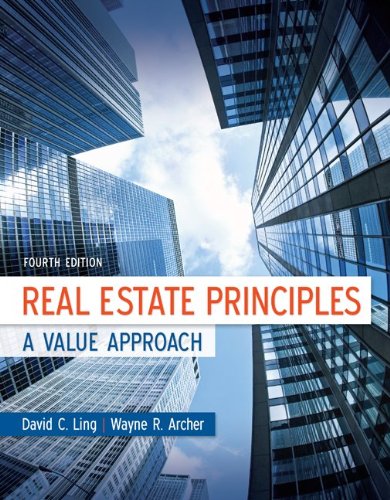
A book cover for Real Estate Principles: A Value Approach (McGraw-Hill/Irwin Series in Finance, Insurance and Real Estate); David Ling; Business & Money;